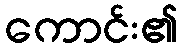
ကောင်း၏